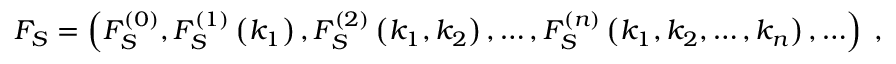
F _ { S } = \left( F _ { S } ^ { ( 0 ) } , F _ { S } ^ { ( 1 ) } \left( k _ { 1 } \right) , F _ { S } ^ { ( 2 ) } \left( k _ { 1 } , k _ { 2 } \right) , \ldots , F _ { S } ^ { ( n ) } \left( k _ { 1 } , k _ { 2 } , \ldots , k _ { n } \right) , \ldots \right) \; ,